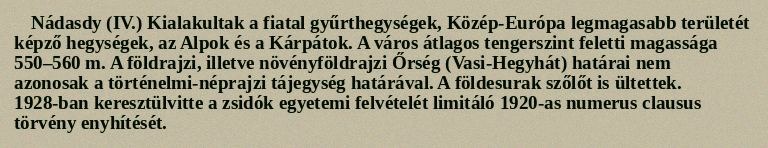
Nádasdy (IV.) Kialakultak a fiatal gyűrthegységek, Közép-Európa legmagasabb területét képző hegységek, az Alpok és a Kárpátok. A város átlagos tengerszint feletti magassága 550–560 m. A földrajzi, illetve növényföldrajzi Őrség (Vasi-Hegyhát) határai nem azonosak a történelmi-néprajzi tájegység határával. A földesurak szőlőt is ültettek. 1928-ban keresztülvitte a zsidók egyetemi felvételét limitáló 1920-as numerus clausus törvény enyhítését.